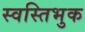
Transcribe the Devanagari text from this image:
स्वस्तिभुक